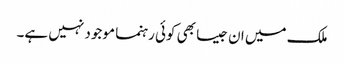
ملک میں ان جیسا بھی کوئی رہنما موجود نہیں ہے۔